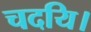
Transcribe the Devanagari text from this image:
चदयि।